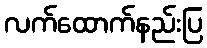
လက်ထောက်နည်းပြ